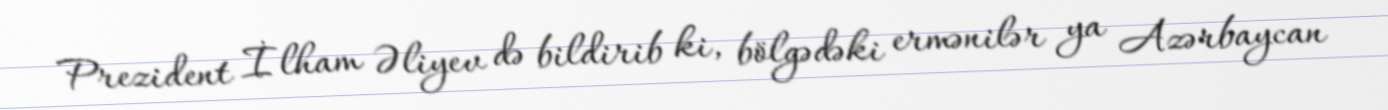
Prezident İlham Əliyev də bildirib ki, bölgədəki ermənilər ya Azərbaycan